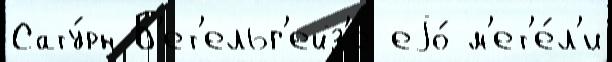
Сату́рн Б'ет'ельг'ейз'е еjо́ м'ет'е́л'и